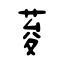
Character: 荾